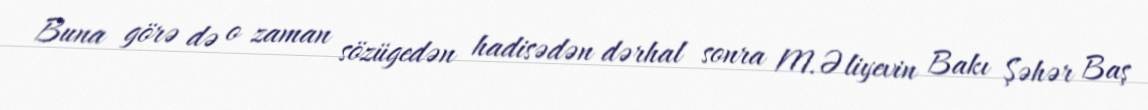
Buna görə də o zaman sözügedən hadisədən dərhal sonra M.Əliyevin Bakı Şəhər Baş